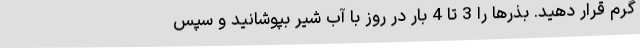
گرم قرار دهید. بذرها را 3 تا 4 بار در روز با آب شیر بپوشانید و سپس